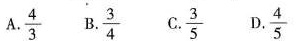
A.\frac{3}{4} B.\frac{4}{3} C.\frac{3}{5} D.\frac{4}{5}